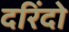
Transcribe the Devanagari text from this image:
दरिंदो